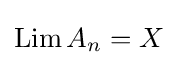
\mathop {\mathrm {Lim} } A_{n}=X